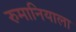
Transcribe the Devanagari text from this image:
रुमानियाला